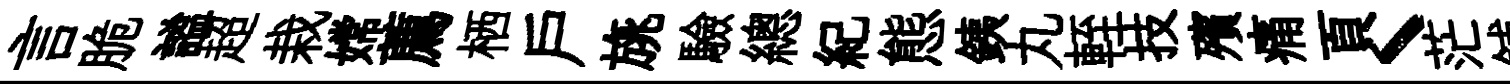
言脆謐超栽嫦薦栖户旐驗總紀態銕丸輊技殯痛頁丶茫鋪